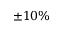
\pm 1 0 \%